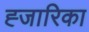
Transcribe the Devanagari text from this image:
ह्जारिका